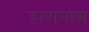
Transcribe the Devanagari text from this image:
हारामोश